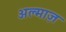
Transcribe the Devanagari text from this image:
अल्माज़